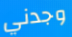
وجدني